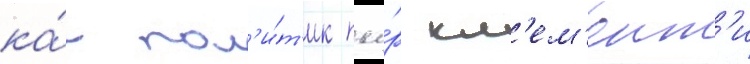
ка́к пол'и́т'ик пье́р кл'ем'ент'и